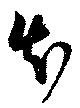
知